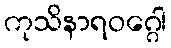
ကုသိနာရဝဂ္ဂေါ